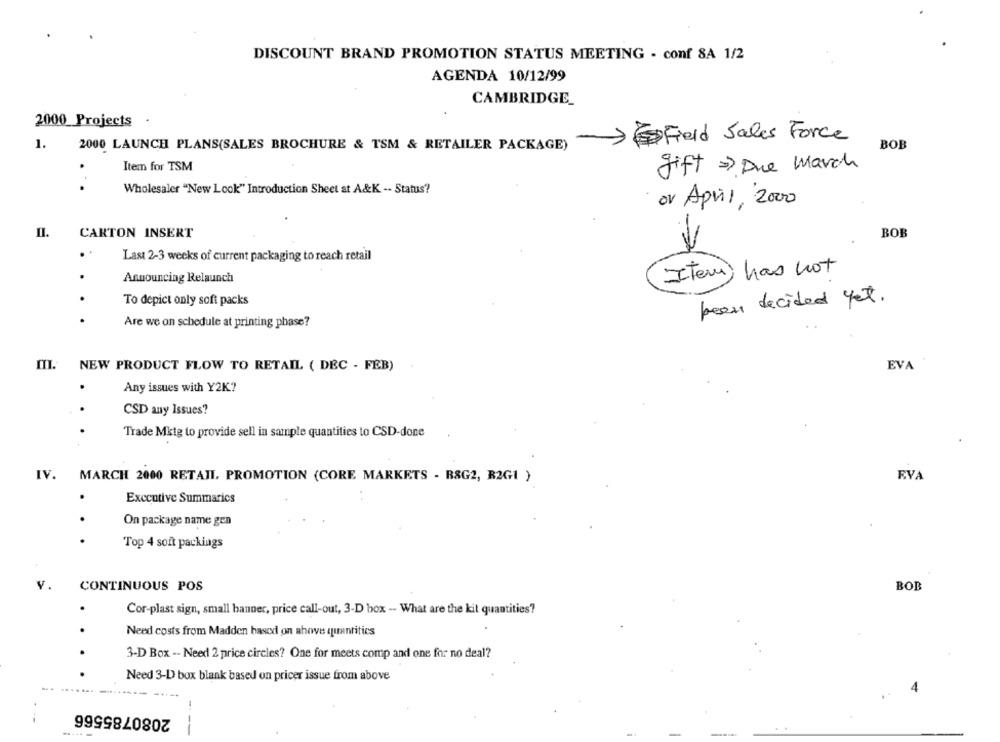
DISCOUNT BRAND PROMOTION STATUS MEETING - conf 8A 1/2
AGENDA 10/12/99
CAMBRIDGE_
2000 Projects
-Field Sales Force
1.
2000 LAUNCH PLANS(SALES BROCHURE & TSM & RETAILER PACKAGE)
BOB
Item for TSM
gift => Due March
Wholesaler "New Look" Introduction Sheet at A&K -- Status?
ov April, 2000
CARTON INSERT
BOB
Last 2-3 weeks of current packaging to reach retail
Item) has not
Announcing Relaunch
To depict only soft packs
been decided yet.
Are we on schedule at printing phase?
NEW PRODUCT FLOW TO RETAIL ( DEC - FEB)
EVA
Any issues with Y2K?
..
CSD any Issues?
Trade Mktg to provide sell in sample quantities to CSD-done
IV. MARCH 2000 RETAIL, PROMOTION (CORE MARKETS - RSG2, R2G1 )
EVA
Executive Summarics
On package name gen
Top 4 soft packings
CONTINUOUS POS
BOB
Cor-plast sign, small banner, price call-out, 3-D box -- What are the kit quantities?
Need costs from Madden based on above quantities
3-D Box -- Need 2 price circles? One for meets comp and one for no deal?
Need 3-D box blank based on pricer issue from above
4
2080785566
---